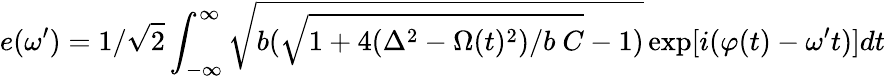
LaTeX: e(\omega^{\prime})=1/\sqrt{2}\int_{-\infty}^{\infty}\sqrt{b(\sqrt{1+4(\Delta^{2}-\Omega(t)^{2})/b\ C}-1)}\exp[i(\varphi(t)-\omega^{\prime}t)]dt